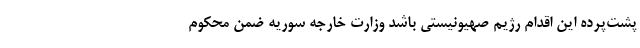
پشت‌پرده این اقدام رژیم صهیونیستی باشد وزارت خارجه سوریه ضمن محکوم